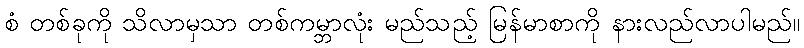
စံ တစ်ခုကို သိလာမှသာ တစ်ကမ္ဘာလုံး မည်သည့် မြန်မာစာကို နားလည်လာပါမည်။